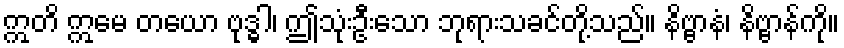
ဣတိ ဣမေ တယော ဗုဒ္ဓါ၊ ဤသုံးဦးသော ဘုရားသခင်တို့သည်။ နိဗ္ဗာနံ၊ နိဗ္ဗာန်ကို။